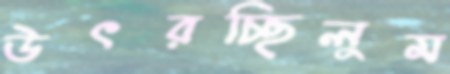
উৎরচ্ছিলুম